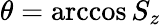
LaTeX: \theta=\operatorname{arccos}S_{z}